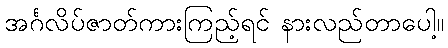
အင်္ဂလိပ်ဇာတ်ကားကြည့်ရင် နားလည်တာပေါ့။